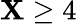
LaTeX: \mathbf{X}\geq4